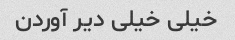
خیلی خیلی دیر آوردن